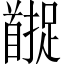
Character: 𬳚